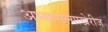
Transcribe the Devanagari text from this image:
अभ्यासल्याखेरीज